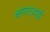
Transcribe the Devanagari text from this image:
बंगालशी